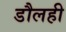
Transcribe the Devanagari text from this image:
डौलही